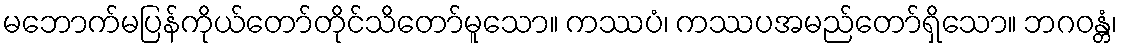
မဘောက်မပြန်ကိုယ်တော်တိုင်သိတော်မူသော။ ကဿပံ၊ ကဿပအမည်တော်ရှိသော။ ဘဂဝန္တံ၊